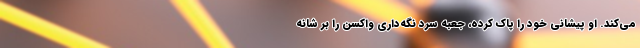
می‌کند. او پیشانی خود را پاک کرده، جعبه سرد نگه‌داری واکسن را بر شانه